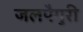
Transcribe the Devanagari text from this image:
जलपैगुरी